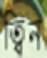
ত্বিন